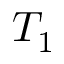
T _ { 1 }